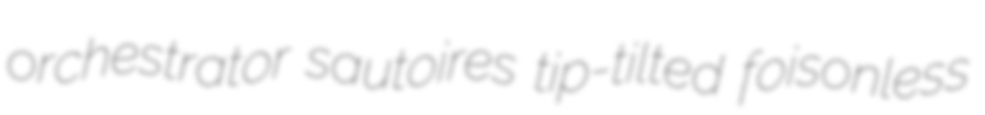
orchestrator sautoires tip-tilted foisonless